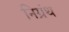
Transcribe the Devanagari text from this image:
निग्रंथ